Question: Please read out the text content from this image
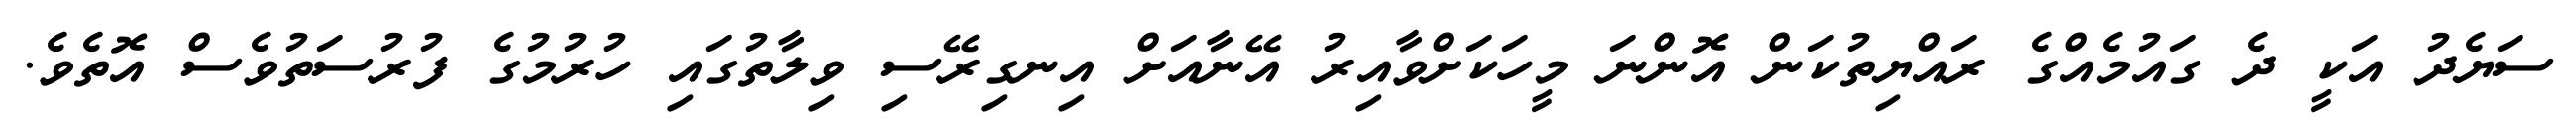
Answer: ސަޔެދު އަކީ ދެ ގައުމެއްގެ ރައްޔިތުކަން އޮންނަ މީހަކަށްވާއިރު އޭނާއަށް އިނގިރޭސި ވިލާތުގައި ހުރުމުގެ ފުރުސަތުވެސް އޮތެވެ.